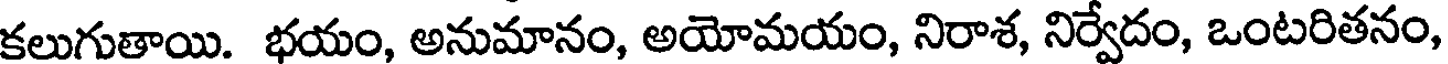
కలుగుతాయి. భయం, అనుమానం, అయోమయం, నిరాశ, నిర్వేదం, ఒంటరితనం,